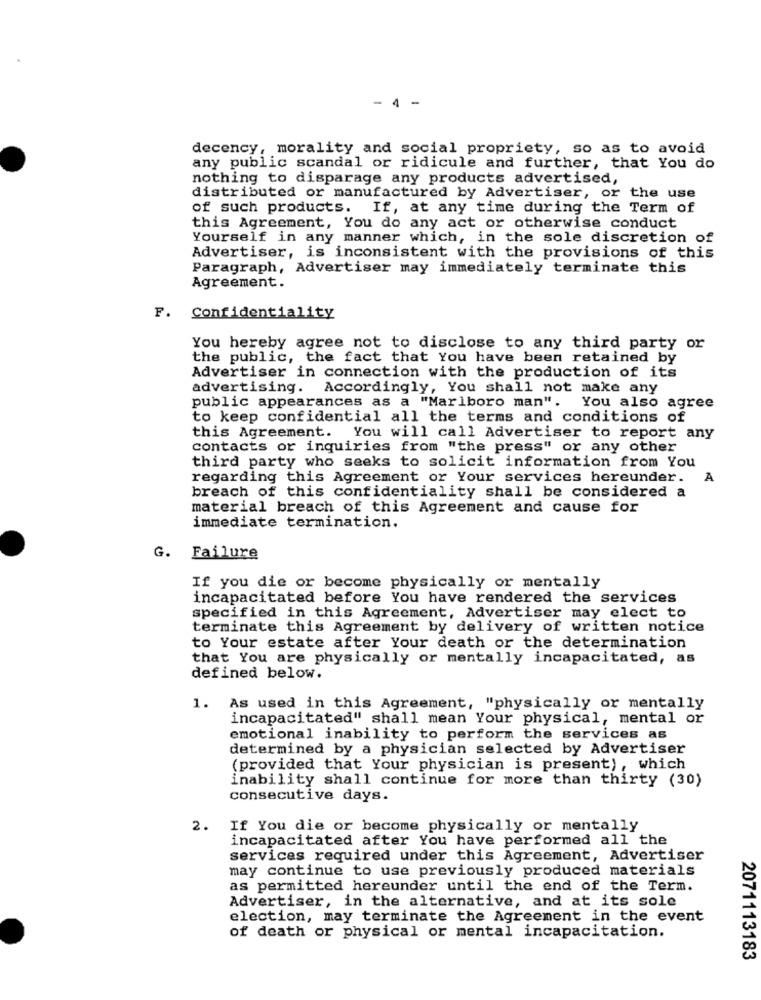
- 4 -
decency, morality and social propriety, so as to avoid
any public scandal or ridicule and further, that You do
nothing to disparage any products advertised,
distributed or manufactured by Advertiser, or the use
of such products. If, at any time during the Term of
this Agreement, You do any act or otherwise conduct
Yourself in any manner which, in the sole discretion of
Advertiser, is inconsistent with the provisions of this
Paragraph, Advertiser may immediately terminate this
Agreement.
F. Confidentiality
You hereby agree not to disclose to any third party or
the public, the fact that You have been retained by
Advertiser in connection with the production of its
advertising. Accordingly, You shall not make any
public appearances as a "Marlboro man". You also agree
to keep confidential all the terms and conditions of
this Agreement. You will call Advertiser to report any
contacts or inquiries from "the press" or any other
third party who seeks to solicit information from You
regarding this Agreement or Your services hereunder.
A
breach of this confidentiality shall be considered a
material breach of this Agreement and cause for
immediate termination.
G.
Failure
If you die or become physically or mentally
incapacitated before You have rendered the services
specified in this Agreement, Advertiser may elect to
terminate this Agreement by delivery of written notice
to Your estate after Your death or the determination
that You are physically or mentally incapacitated, as
defined below.
1.
As used in this Agreement, "physically or mentally
incapacitated" shall mean Your physical, mental or
emotional inability to perform the services as
determined by a physician selected by Advertiser
(provided that Your physician is present), which
inability shall continue for more than thirty (30)
consecutive days.
2.
If You die or become physically or mentally
incapacitated after You have performed all the
services required under this Agreement, Advertiser
may continue to use previously produced materials
as permitted hereunder until the end of the Term.
Advertiser, in the alternative, and at its sole
election, may terminate the Agreement in the event
of death or physical or mental incapacitation.
2071113183